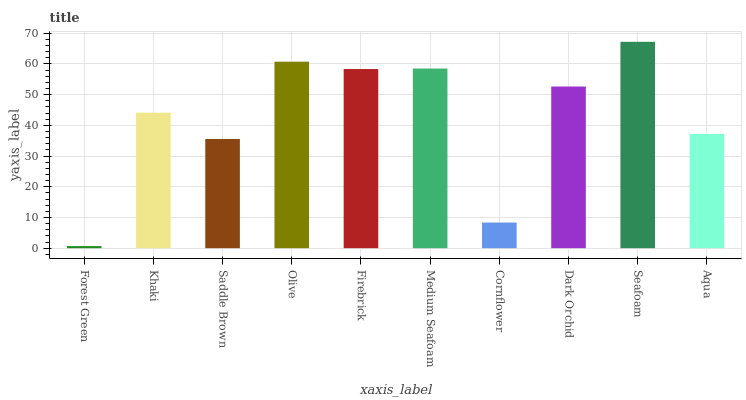
| xaxis_label | bars |
 | --- | --- |
 | Forest Green | 0.69 |
 | Khaki | 44.1 |
 | Saddle Brown | 35.6 |
 | Olive | 60.8 |
 | Firebrick | 58.4 |
 | Medium Seafoam | 58.5 |
 | Cornflower | 8.36 |
 | Dark Orchid | 52.7 |
 | Seafoam | 67.2 |
 | Aqua | 37.2 |